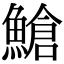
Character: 䱽